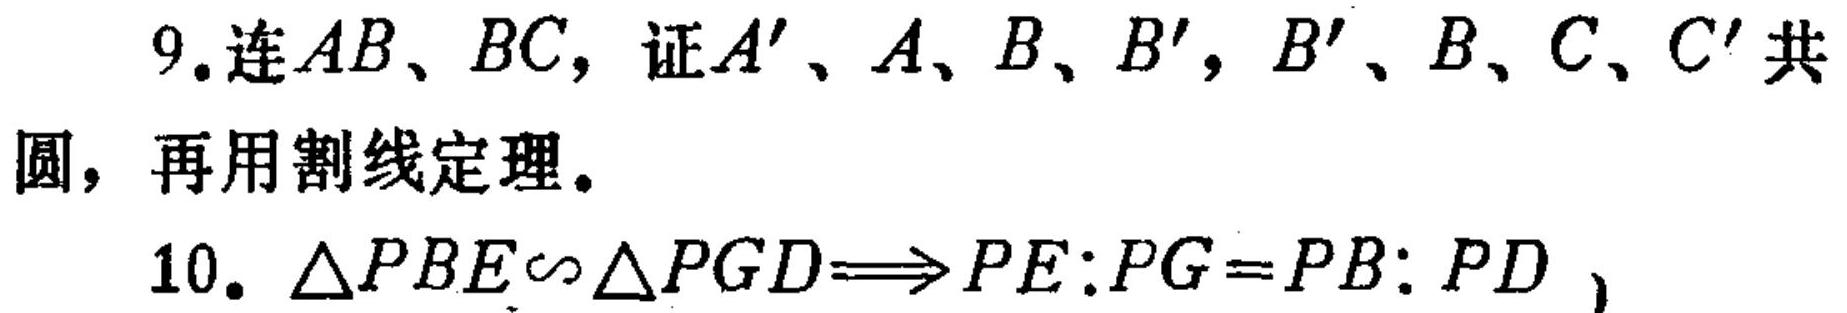
9. 连 \(AB\)、\(BC\)，证 \(A'\)、\(A\)、\(B\)、\(B'\)，\(B'\)、\(B\)、\(C\)、\(C'\) 共圆，再用割线定理。
10. \(\triangle PBE\sim\triangle PGD\Rightarrow PE:PG = PB:PD\) ，